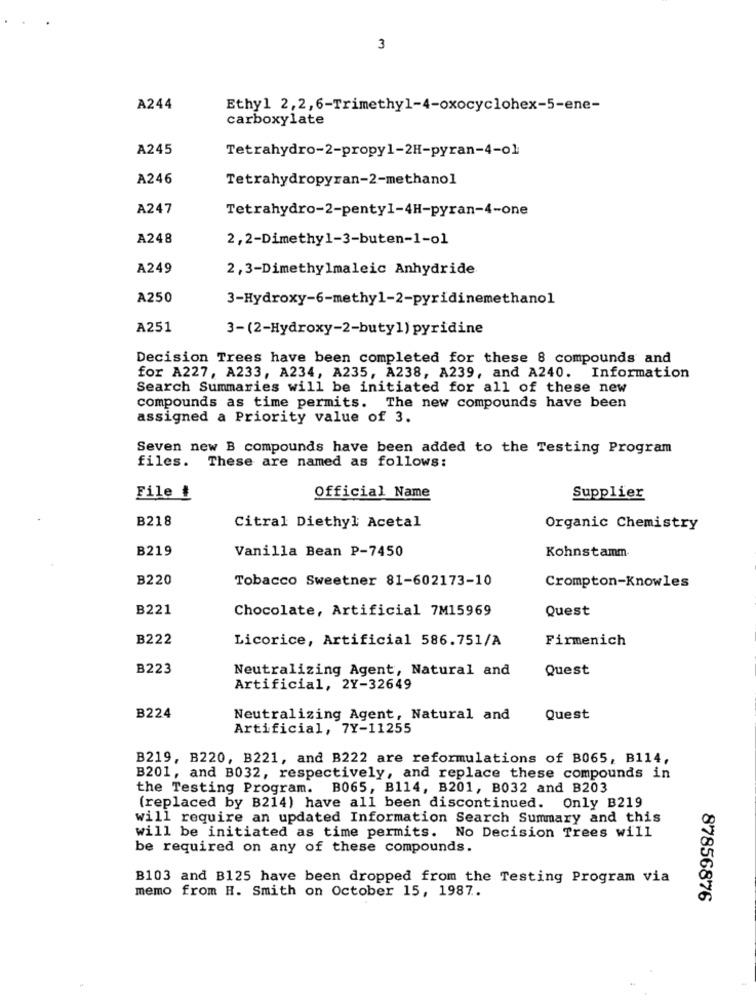
3
A244
Ethyl 2,2,6-Trimethyl-4-oxocyclohex-5-ene-
carboxylate
A245
Tetrahydro-2-propy1-2H-pyran-4-ol
A246
Tetrahydropyran-2-methanol
A247
Tetrahydro-2-penty1-4H-pyran-4-one
A248
2,2-Dimethy1-3-buten-1-o1
A249
2,3-Dimethylmaleic Anhydride
A250
3-Hydroxy-6-methyl-2-pyridinemethanol
A251
3-(2-Hydroxy-2-butyl) pyridine
Decision Trees have been completed for these 8 compounds and
for A227, A233, A234, A235, A238, A239, and A240. Information
Search Summaries will be initiated for all of these new
compounds as time permits. The new compounds have been
assigned a Priority value of 3.
Seven new B compounds have been added to the Testing Program
files. These are named as follows:
File #
Official Name
Supplier
B218
Citral Diethyl Acetal
Organic Chemistry
B219
Vanilla Bean P-7450
Kohnstamm-
B220
Tobacco Sweetner 81-602173-10
Crompton-Knowles
B221
Chocolate, Artificial 7M15969
Quest
B222
Licorice, Artificial 586.751/A
Firmenich
B223
Neutralizing Agent, Natural and
Quest
Artificial, 2Y-32649
B224
Neutralizing Agent, Natural and
Quest
Artificial, 7Y-11255
B219, B220, B221, and B222 are reformulations of B065, B114,
B201, and B032, respectively, and replace these compounds in
the Testing Program. B065, B114, B201, B032 and B203
(replaced by B214) have all been discontinued. Only B219
will require an updated Information Search Summary and this
will be initiated as time permits. No Decision Trees will
be required on any of these compounds.
B103 and B125 have been dropped from the Testing Program via
memo from H. Smith on October 15, 1987.
87856876